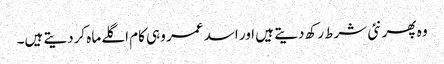
وہ پھر نئی شرط رکھ دیتے ہیں اور اسد عمر وہی کام اگلے ماہ کردیتے ہیں۔